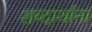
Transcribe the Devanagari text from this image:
शब्दार्थांना